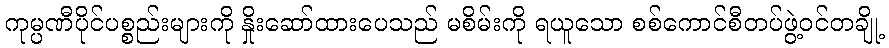
ကုမ္ပဏီပိုင်ပစ္စည်းများကို နှိုးဆော်ထားပေသည် မစိမ်းကို ရယူသော စစ်ကောင်စီတပ်ဖွဲ့ဝင်တချို့